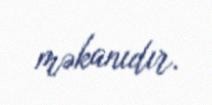
məkanıdır.